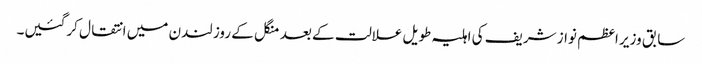
سابق وزیر اعظم نواز شریف کی اہلیہ طویل علالت کے بعد منگل کے روز لندن میں انتقال کرگئیں۔